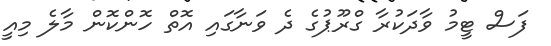
ފަސް ޓީމު ވާދަކުރާ ގްރޫޕުގެ ދެ ވަނާގައި އޮތް ހޮންކޮން މާލެ މިއީ